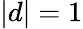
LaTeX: \vert d\vert=1